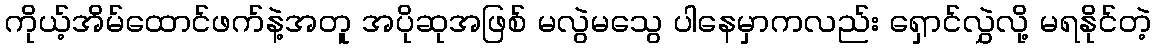
ကိုယ့်အိမ်ထောင်ဖက်နဲ့အတူ အပိုဆုအဖြစ် မလွဲမသွေ ပါနေမှာကလည်း ရှောင်လွှဲလို့ မရနိုင်တဲ့